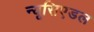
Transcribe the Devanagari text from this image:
न्यूसिएडल